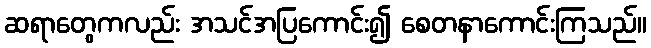
ဆရာတွေကလည်း အသင်အပြကောင်း၍ စေတနာကောင်းကြသည်။